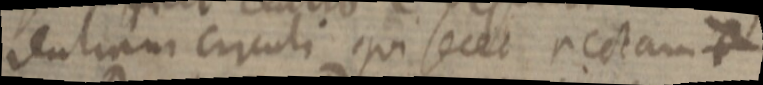
rentiam circuli qui secet rectam _